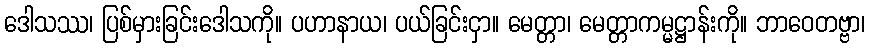
ဒေါသဿ၊ ပြစ်မှားခြင်းဒေါသကို။ ပဟာနာယ၊ ပယ်ခြင်းငှာ။ မေတ္တာ၊ မေတ္တာကမ္မဋ္ဌာန်းကို။ ဘာဝေတဗ္ဗာ၊